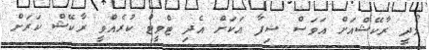
މޯދީ ރާކޭޝްއަށް އަވަސް ޝިފާ އަކަށް އެދި ޓްވީޓް ކުރެއްވީ ރާކޭޝް ކަރަށް